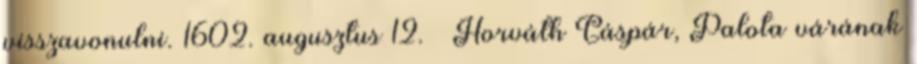
visszavonulni. 1602. augusztus 12. – Horváth Gáspár, Palota várának